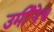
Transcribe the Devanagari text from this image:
उर्मीनेच